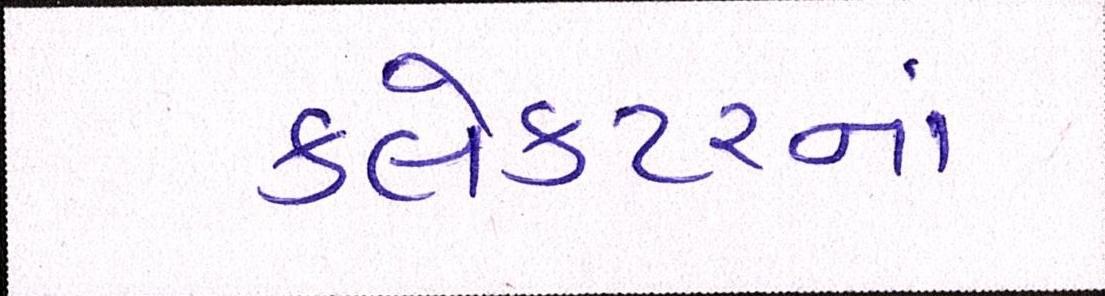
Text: કલેકટરનાં